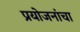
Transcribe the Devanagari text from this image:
प्रयोजनांचा